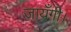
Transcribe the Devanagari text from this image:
जायँगी।